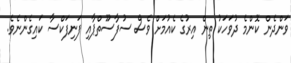
ވަންދެން ކޮންމެ ދުވަހަކު ތިން އިރުގެ ކެއުމަށް ވެސް ސުފާސޫތްޕާއި ފަނިފަކްސާ ކައިގެންނެވެ.